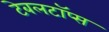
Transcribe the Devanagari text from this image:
टेबलटॉप्स